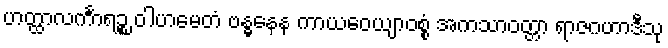
ဟတ္ထာလင်္ကာရဉ္စ ဝါဟမေတံ ဗန္ဓနေန ကာယဝေယျာဝစ္စံ အကသာဝတ္တာ ရာဇဂဟာဒီသု